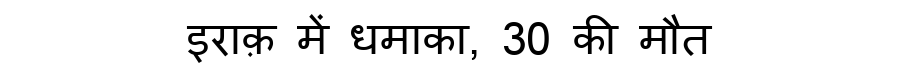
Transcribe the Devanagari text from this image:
इराक़ में धमाका, 30 की मौत